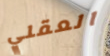
العقلي